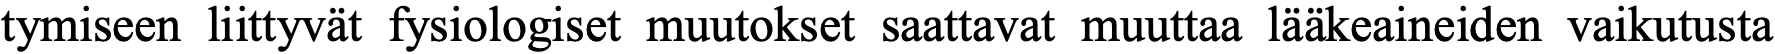
tymiseen liittyvät fysiologiset muutokset saattavat muuttaa lääkeaineiden vaikutusta